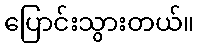
ပြောင်းသွားတယ်။